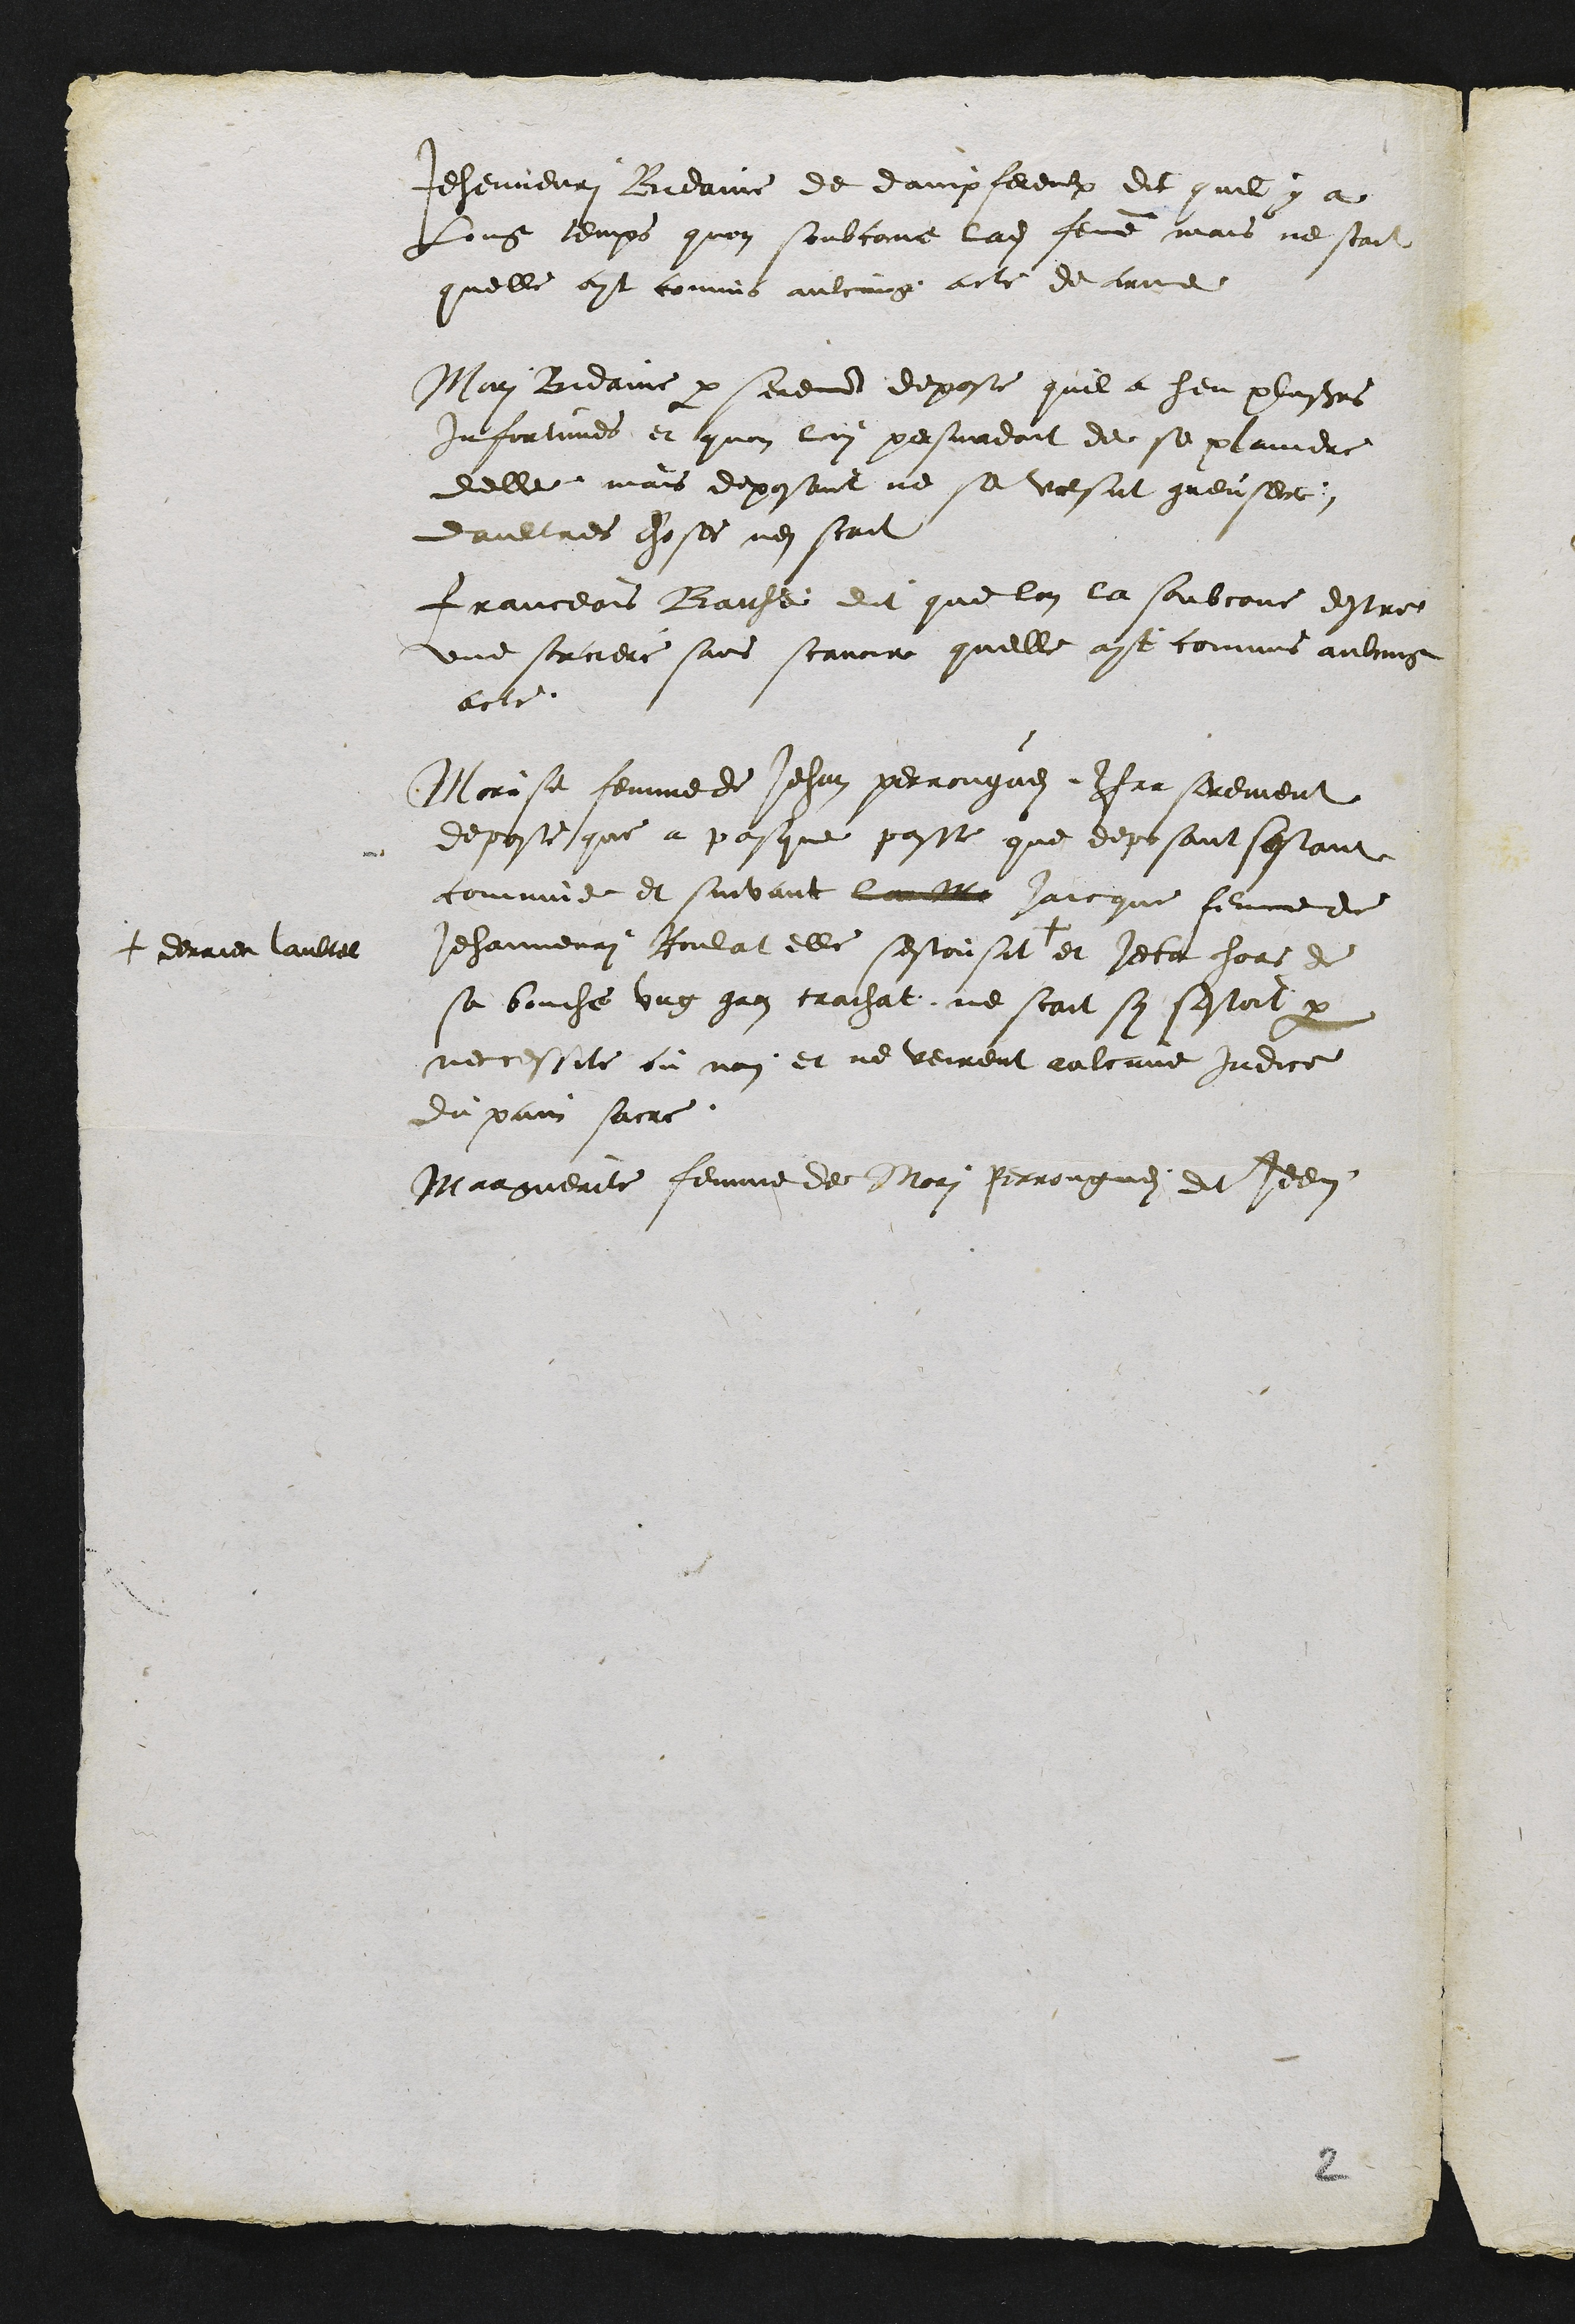
Jehennenri Bidaine de dampfereulx dit quil y a
Long temps quon soubcone ladite femme mais ne scait
quelle ayt commis aulcung acte de crime
Mori Bidaine par serement depose quil a heu plusieurs
infortunes et quon lui persuadoit de se plaindre
delle mais deposant ne se volsut greuser,
daultres choses nen scait
Franceois Baiche dit que lon la soubcone destre
une sorciere sans scavoir quelle ayt commis aulcung
acte.
Morise femme de Jehan perrongues, Par serement
depose que a pasque passe que deposant sestant
comunie et suivant la??? Jaicque femme de
Jehannenri Roulat elle sestoist sit +
+ derrier laultel
et jeta hors de
sa bouche ung gran crachat, ne scait si sestoit par
necessite ou non, et ne veirent aulcune indice
du pain sacre.
Marguerite femme de Mori Perrongue et Jeen